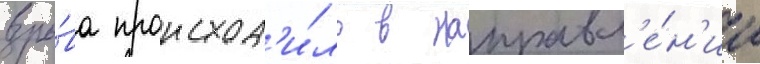
взры́ва происход'и́ло в направл'е́н'ии